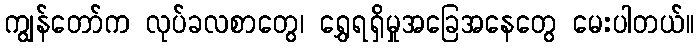
ကျွန်တော်က လုပ်ခလစာတွေ၊ ရွှေရရှိမှုအခြေအနေတွေ မေးပါတယ်။